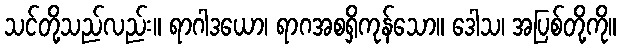
သင်တို့သည်လည်း။ ရာဂါဒယော၊ ရာဂအစရှိကုန်သော။ ဒေါသ၊ အပြစ်တို့ကို။